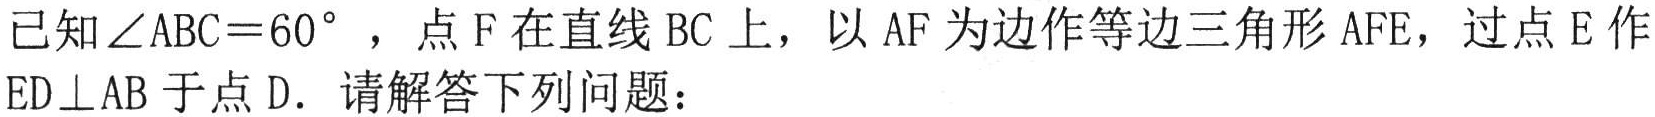
已知\(\angle ABC = 60^{\circ}\)，点\(F\)在直线\(BC\)上，以\(AF\)为边作等边三角形\(AFE\)，过点\(E\)作\(ED\perp AB\)于点\(D\)．请解答下列问题：